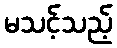
မသင့်သည့်